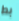
بط